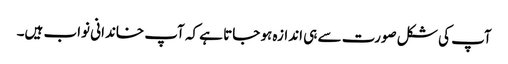
آپ کی شکل صورت سے ہی اندازہ ہو جاتا ہے کہ آپ خاندانی نواب ہیں۔